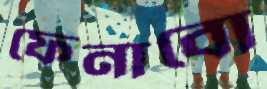
ফেনাবো